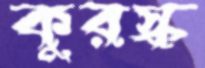
কুরস্ক